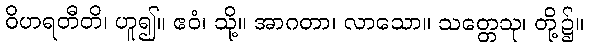
ဝိဟရတီတိ၊ ဟူ၍။ ဧဝံ၊ သို့။ အာဂတာ၊ လာသော။ သတ္တေသု၊ တို့၌။